Rapla_vallavalitsus, lk 29
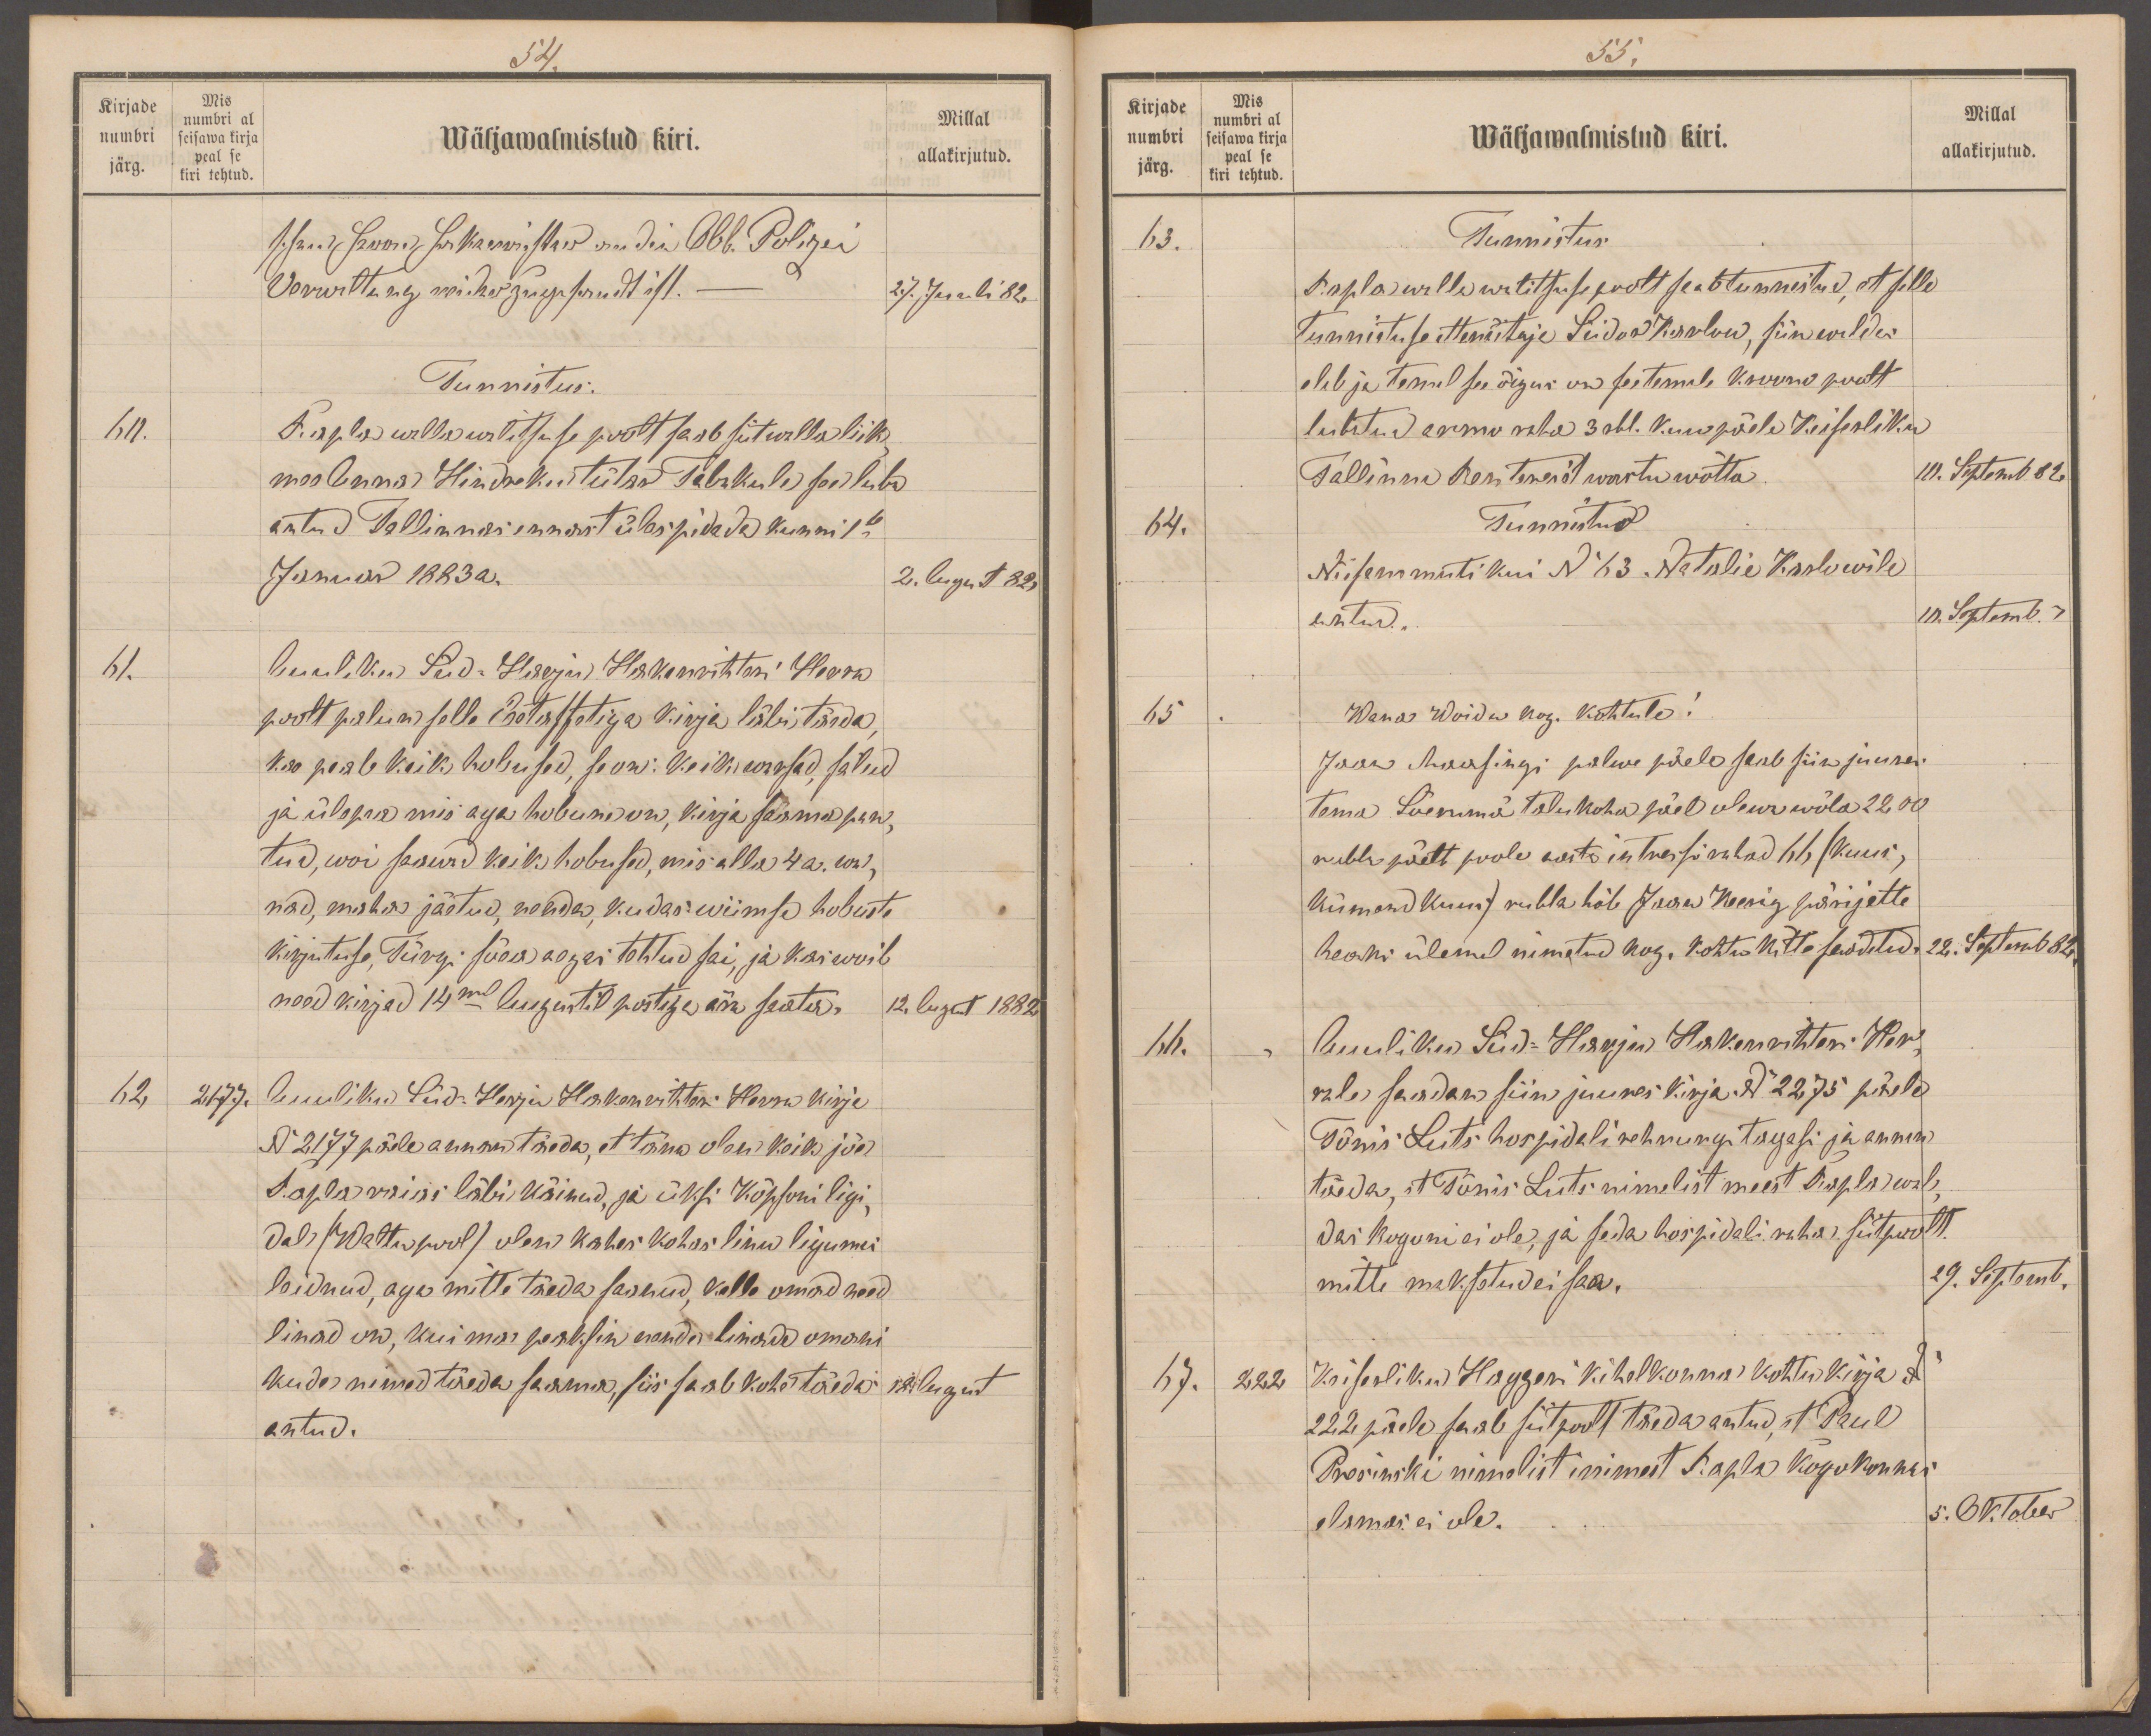
54.
Kirjade
Mis
numbri al
Millal
numbri
seisawa kirja
järg.
Wäljawalmistud kiri.
peal se
kiri tehtud.
allakirjutud.
27. Juuli 82.
Tunnistus.
60.
Rapla walla walitsuse poolt saab siit walla liik
mel Anna Hindreku tütar Tabakule see luba
antud Tallinnas ennast üles pidada kunni 1se
Januar 1883 a.
2. August 82
61.
Auuliku Süd-Harju Hakenrihteri Herra
poolt palun selle Estaffetiga kirja läbi täeda
kas peab keik hobused, se on: keik warsad, sälud
ja ülepea mis aga hobune on, kirja saama pan-
tud, woi saawad keik hobused, mis alla 4 a. wa-
nad, maha jäetud, nenda kudas wiimse hobuste
kirjutuse Türgi sõea aegas tehtud sai, ja kas woib
need kirjad 14mal Augustil postiga ära saata.
12. August 1882.
62,
2177.
Auuliku Süd-Harju Hakenrihteri Herra kirja
N 2177 päele annan täeda, et täna olen kõik jõe
Rapla raias läbi käinud, ja üksi Kõpsoni ligi,
dal (Waltu pool) olen kahes kohas linu ligumas
leidnud, aga mitte täeda saanud, kelle omad need
linad on, kui ma peaksin nende linade omani
kude nimed täeda saama, siis saab kohe täeda
18. August
antud.

55.
Mis
numbri al
Millal
numbri
Wäljawalmistud kiri.
seiswa kirja
järg
peal se
kiri tehtud
allakirjutud.
63.
Tunnistus
Rapla walla walitsuse poolt saab tunnistud, et selle
tunnistuse ettenäitaja Siidord Karlow, siin waldas
elab ja temal see õigus on see temale Kroono poolt
lubatud armo raha 3 rbl. kuu päele Keiserliku
Tallinna Rentereist wastu wõtta
10. Septemb 82.
64.
Tunnistud
Niisammuti kui No 63. Natalie Karlowile
lubatud.
10. Septemb
65.
Wana Woidu kog. Kohtule.
Jaak Maasingi palwe päele seab siin juures
tema Sõerumä talu koha päel olewa wõla 2200
rubla päelt poole aasta intressi rahad 66 ( kuus
kümmend kuus) rubla hõb Jaan Heering pärijatte
heaks ülemal nimetud kog. Kohtu kätte saadetud.
22. Septemb 82
66.
Auuliku Süd-Harju Hakenrihteri Her-
rale saadan siin juures kirja No 2275 päele
Tõnis Luts hospidali rehnungi tagasi ja annan
täeda, et Tõnis Luts nimelist meest Rapla wal
das koguni ei ole, ja seda hospidali raha siitpoolt.
mitte maksetud ei saa.
29. Septemb.
67.
222
Keiserliku Haggeri kihelkonna kohtu kirja No
222 päele saab siitpoolt täeda antud, et Paul
Presinski nimelist inimest Rapla kogukonnas
elamas ei ole.
5. Oktober

Kiriade